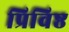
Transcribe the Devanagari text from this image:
प्रिविष्ठ